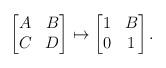
LaTeX: \begin{align*}\begin{bmatrix} A & B \\ C & D \end{bmatrix} \mapsto \begin{bmatrix} 1 & B \\ 0 & 1 \end{bmatrix}.\end{align*}